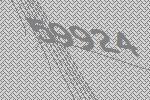
59924